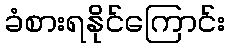
ခံစားရနိုင်ကြောင်း